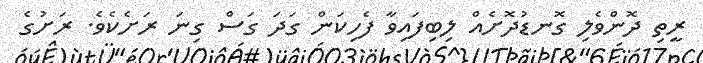
ރީތި ދޮންވެލި ގޮނޑުދޮށެއް ލިބިފައިވާ ފެހިކަން ގަދަ ގަސް ގިނަ ރަށެކެވެ. ރަށުގެ